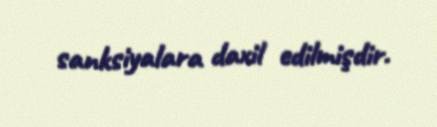
sanksiyalara daxil edilmişdir.